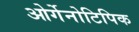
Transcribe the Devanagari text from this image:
ओर्गेनोटिपिक